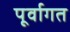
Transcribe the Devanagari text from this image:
पूर्वागत